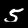
Digit: 5